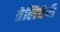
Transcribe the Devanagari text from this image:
तेलिचेरी